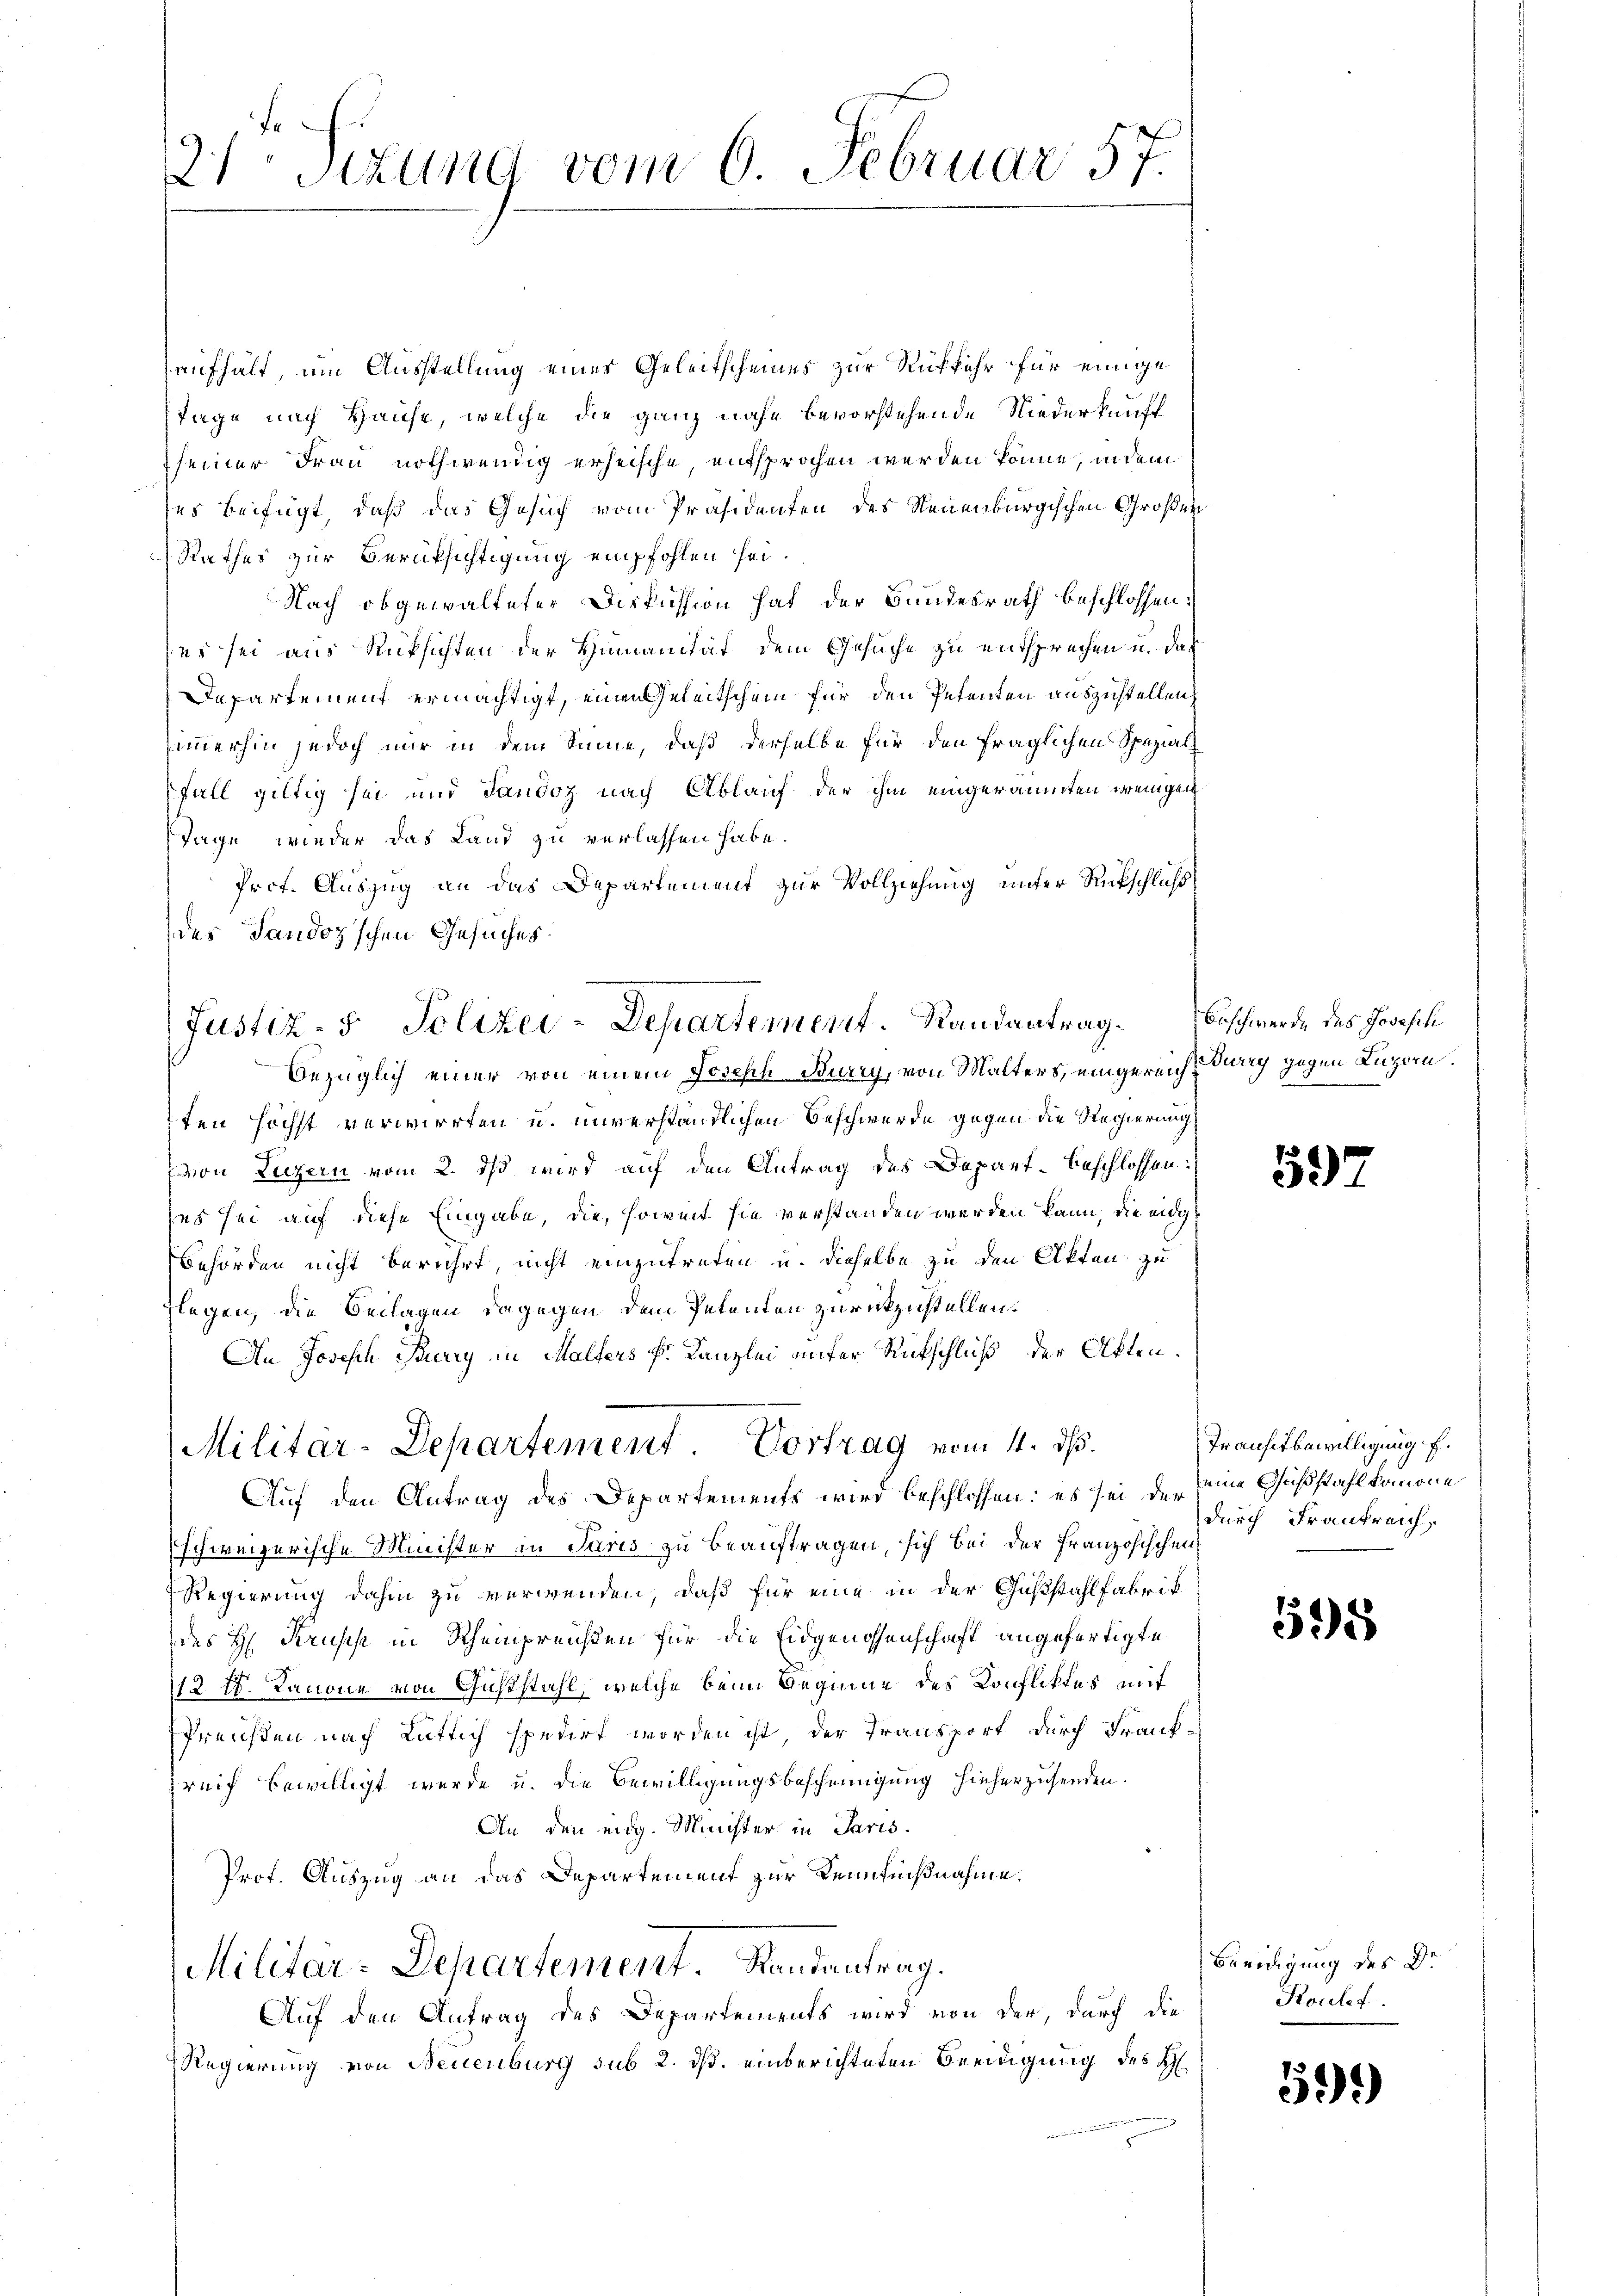
21 schung vom 6. Februar 57.

aufhält, um Ausstellung eines Geleitscheines zur Rükkehr für einige
Tage nach Hause, welche die ganz nahe bevorstehende Niederkunft
seiner Frau nothwendig erheische, entsprochen werden könne, indem
ses beifügt, daß das Gesuch vom Präsidenten des Neuenburgischen Großen
Rathes zur Berüksichtigung empfohlen sei.
Nach obgewalteter Diskussion hat der Bundesrath beschlossen:
(es sei aus Rücksichten der Humanität dem Gesuche zu entsprechen u. daß
Departement ermächtigt, einen Geleitschein für den Petenten auszustellen,
Zimmerhin jedoch nur in dem Sinne, daß derselbe für den fraglichen Spezial¬
Fall gültig sei und Sandoz nach Ablauf der ihm eingeräumten weigen
Tage, wieder das Land zu verlassen habe.
Prof. Auszug an das Departement zur Vollziehung unter Rückschluß
des Landoz'schen Gesuches
bezüglich einer von einem Joseph Burry, von Malters, eingereichtung gegen Luzern
ten höchst verwirrten u. unverständlichen Beschwerde gegen die Regierung
von Luzern vom 2. ds wird auf den Antrag des Depart beschlossen:
es sei auf diese Eingabe, die, soweit sie verstanden werden kann, die eidg
Behörden nicht berührt, nicht einzutreten u. dieselbe zu den Akten zu
flagen, die Beilagen dagegen dem Petenten zurückzustellen.
An Joseph Furry in Malfers Fr. Kanzlei unfer Rückschluß der Akten.
Militär-Departement. Vortrag vom 4. ds.
Auf den Antrag des Departements wird beschlossen: es sei der seine Gaßstahl kommone
schweizerische Minister in Paris zu beauftragen, sich bei der Französischen
Regierung dahin zu verwenden, daß für eine in der Gußstahlfabrik
des H. Krusis in Rheinpreisen für die Eidgenossenschaft angefertigte
113 f. Kanone von Gußstahl, welche beim Beginne des Konfliktes mit
Preichten nach Lütlich spedirt worden ist, der Transport durch Frank-
greich bewilligt wurde u. die Bewilligungsbescheinigung hieherzusenden.
An den eidg. Minister in Paris.
Prof. Auszug an das Departement zur Kenntnißnahme.
Militär-Departement. Randantrag.
Auf den Antrag des Departements wird von der, durch die
Regierung von Neuenburg sub 2. ds. einberichteten Beeidigung des H

Justiz- & Polizei-Departement. Randantrag Beschwerde des Josefik

52)

Transitbewilligung E.
durch Frankreich,

595

Beeidigung des Dr
Koulef

59.)